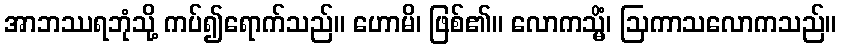
အာဘဿရဘုံသို့ ကပ်၍ရောက်သည်။ ဟောမိ၊ ဖြစ်၏။ လောကသ္မိံ၊ ဩကာသလောကသည်။